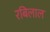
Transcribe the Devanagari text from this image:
रबिलाल